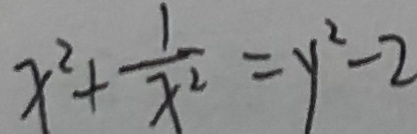
x ^ { 2 } + \frac { 1 } { x ^ { 2 } } = y ^ { 2 } - 2